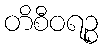
တိစီဝရဉ္စ